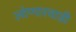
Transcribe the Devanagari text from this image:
लोणारवाडी